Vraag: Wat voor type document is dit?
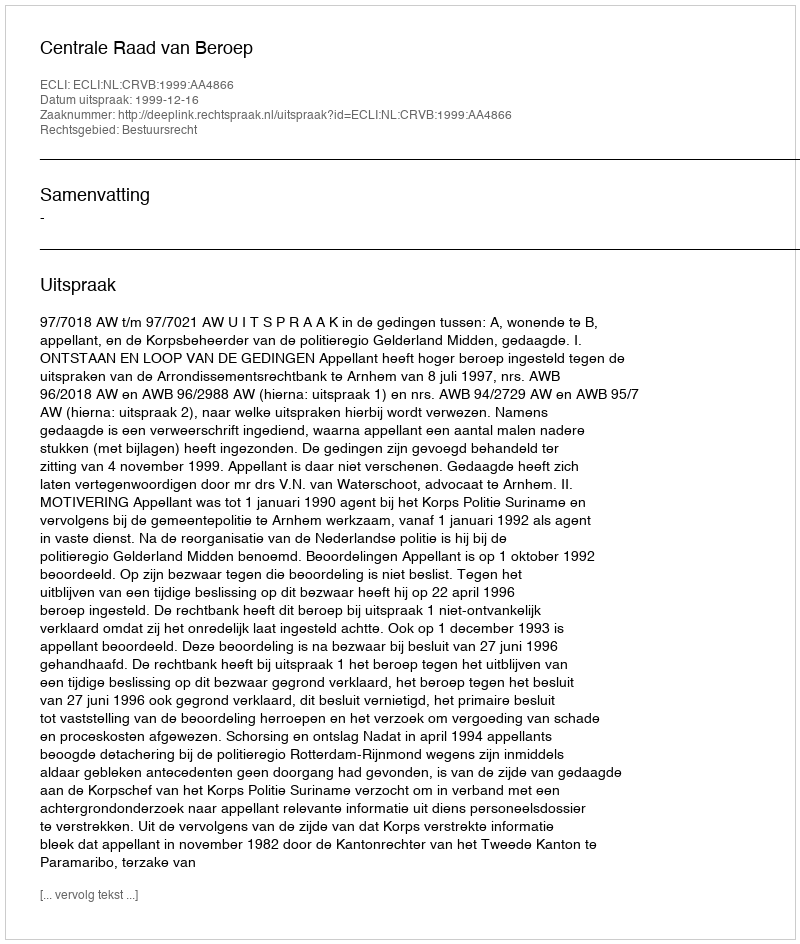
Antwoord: Uitspraak